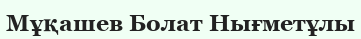
Мұқашев Болат Нығметұлы